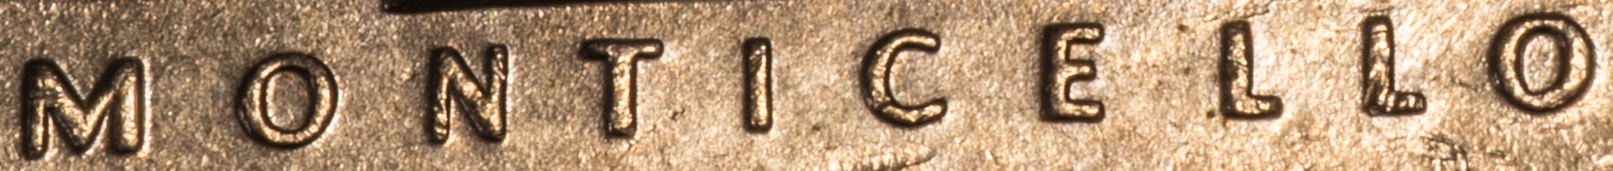
MONTICELLO